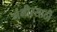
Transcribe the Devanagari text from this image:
गंभीरसाठी